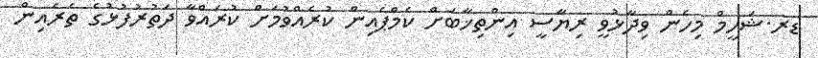
ޑރ.ޝަހީމް މިހެން ވިދާޅުވީ ރިޔާސީ އިންތިޚާބަށް ކެމްޕެއިން ކުރެއްވުމަށް ކުރައްވާ ދަތުރުފުޅުގެ ތެރެއިން